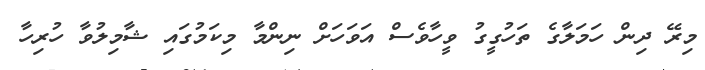
މިރޭ ދިން ހަމަލާގެ ތަހުގީގު ވީހާވެސް އަވަހަށް ނިންމާ މިކަމުގައި ޝާމިލުވާ ހުރިހާ